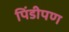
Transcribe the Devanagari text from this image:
पिंडीपण